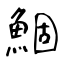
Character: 鯝